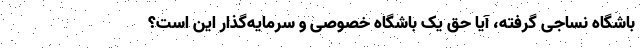
باشگاه نساجی گرفته، آیا حق یک باشگاه خصوصی و سرمایه‌گذار این است؟